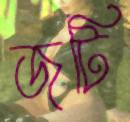
জটি